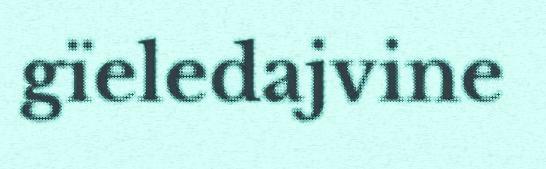
gïeledajvine